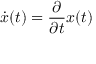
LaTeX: { \dot { x } } ( t ) = { \frac { \partial } { \partial t } } x ( t )